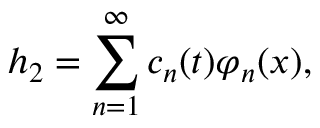
h _ { 2 } = \sum _ { n = 1 } ^ { \infty } c _ { n } ( t ) \varphi _ { n } ( x ) ,